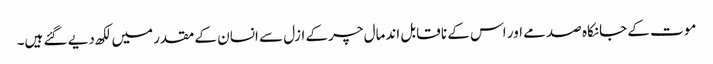
موت کے جانکاہ صدمے اور اس کے نا قابل اندمال چرکے ازل سے انسان کے مقدر میں لکھ دیے گئے ہیں۔